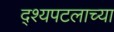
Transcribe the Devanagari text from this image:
द्श्यपटलाच्या